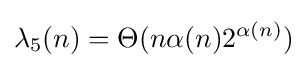
\lambda _{5}(n)=\Theta (n\alpha (n)2^{\alpha (n)})